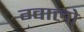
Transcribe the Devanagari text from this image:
ग्‍वालो